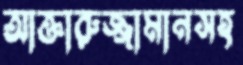
আক্তারুজ্জামানসহ